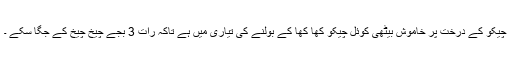
چیکو کے درخت پر خاموش بیٹھی کوئل چیکو کھا کھا کے بولنے کی تیاری میں ہے تاکہ رات 3 بجے چیخ چیخ کے جگا سکے ۔